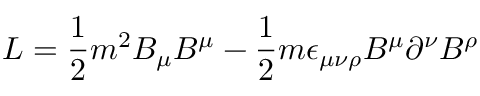
{ \cal L } = \frac { 1 } { 2 } m ^ { 2 } B _ { \mu } B ^ { \mu } - \frac { 1 } { 2 } m \epsilon _ { \mu \nu \rho } B ^ { \mu } \partial ^ { \nu } B ^ { \rho }